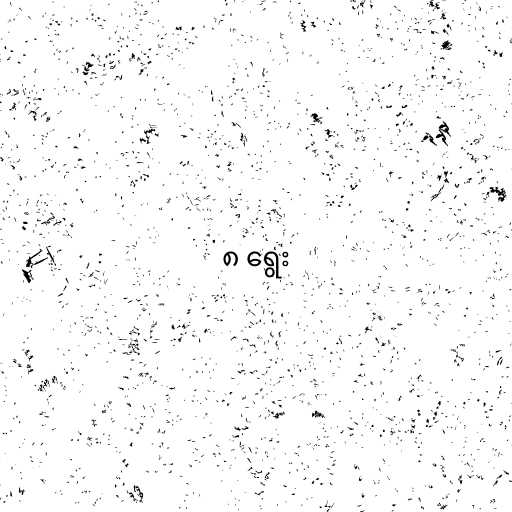
၈ ရွေး